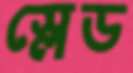
স্লেড